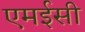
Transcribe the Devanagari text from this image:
एमईसी